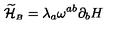
{ \widetilde { \cal H } } _ { \scriptscriptstyle B } = \lambda _ { a } \omega ^ { a b } \partial _ { b } H